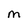
Character: M